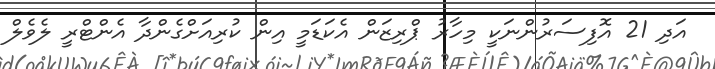
އަދި 21 އޮފިސަރުންނަކީ މިހާރު ޕްރިޒަން އެކަޑަމީ އިން ކުރިއަށްގެންދާ އެންޓްރީ ލެވެލް